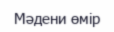
Мәдени өмір